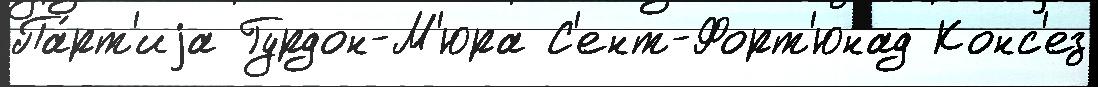
Па́рт'иjа Гурдон-М'юра С'ент-Форт'юнад Конс'ез